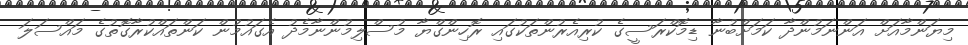
މިޔަންމާއަށް އަންނަމުންދާ ކަމަށްބުނާ ޑިމޮކްރަސީގެ ކުރިއެރުންތަކުގައި ރޮހިންގްޔާ މުސްލިމުންނާމެދު އެގައުމުން ކަންތައްކުރާގޮތުގެ މައްސަލަ